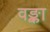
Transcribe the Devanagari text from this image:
वङ्का